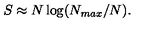
S \approx N \log ( N _ { m a x } / N ) .